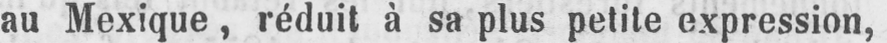
au Mexique, réduit à sa plus petite expression,